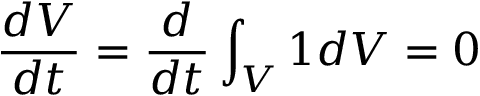
\frac { d V } { d t } = \frac { d } { d t } \int _ { V } 1 d V = 0